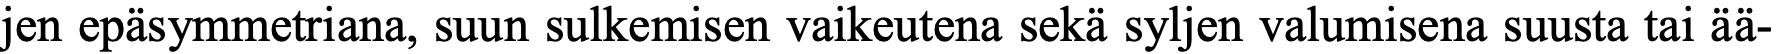
jen epäsymmetriana, suun sulkemisen vaikeutena sekä syljen valumisena suusta tai ää-